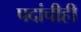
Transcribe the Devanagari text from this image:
पदांचीही